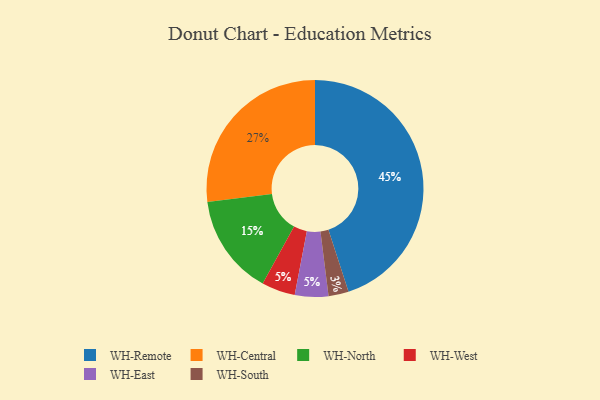
{"axis": {"x": "Category", "y": "Percentage"}, "legend": ["WH-Central", "WH-East", "WH-North", "WH-Remote", "WH-South", "WH-West"], "data": [{"x": "WH-West", "y": 5, "type": "WH-West"}, {"x": "WH-North", "y": 15, "type": "WH-North"}, {"x": "WH-Central", "y": 27, "type": "WH-Central"}, {"x": "WH-East", "y": 5, "type": "WH-East"}, {"x": "WH-Remote", "y": 45, "type": "WH-Remote"}, {"x": "WH-South", "y": 3, "type": "WH-South"}]}